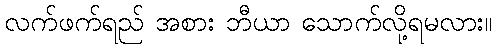
လက်ဖက်ရည် အစား ဘီယာ သောက်လို့ရမလား။